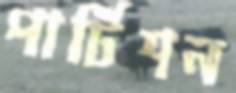
পার্টিশন